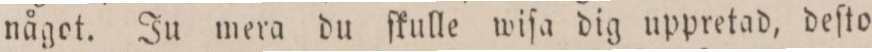
något. Ju mera du ſkulle wiſa dig uppretad, deſto